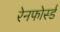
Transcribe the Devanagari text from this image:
रेनफोर्स्ड